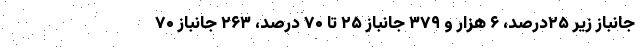
جانباز زیر ۲۵درصد، ۶ هزار و ۳۷۹ جانباز ۲۵ تا ۷۰ درصد، ۲۶۳ جانباز ۷۰